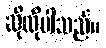
ဆိုလိုပါသည်။